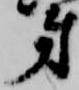
第